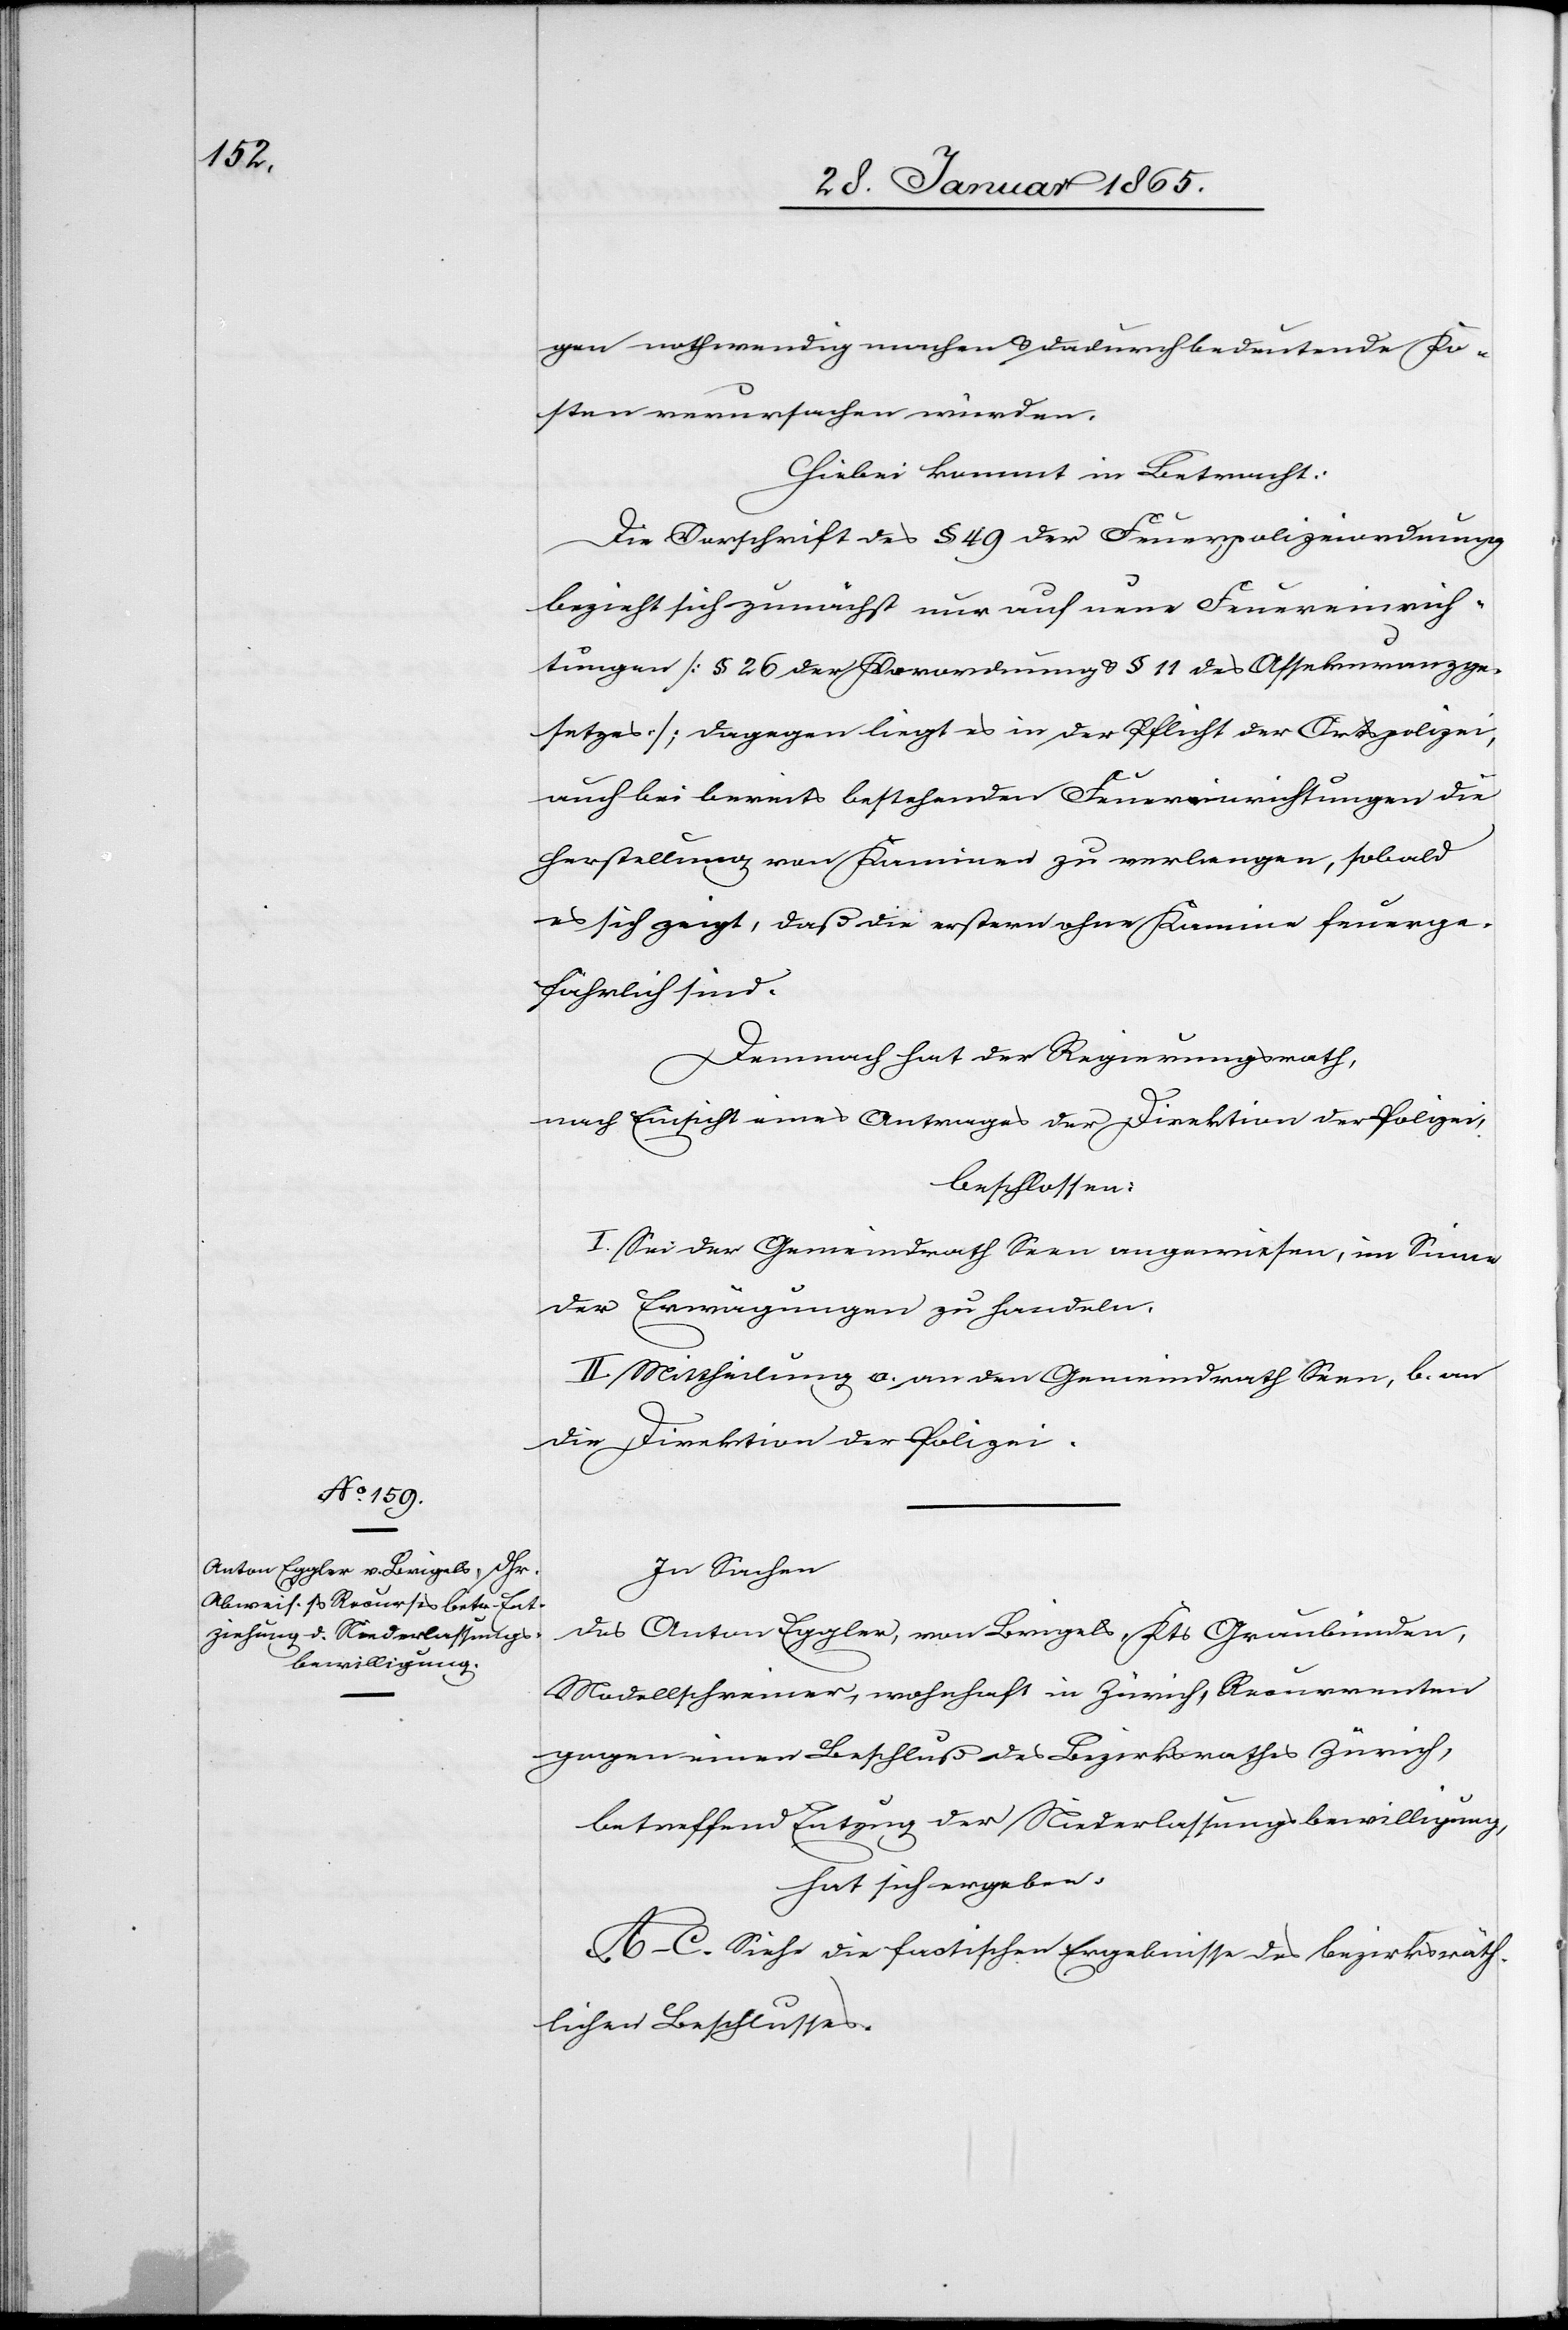
gen nothwendig machen u. dadurch bedeutende Ko¬
sten verursachen würden.
Hiebei kommt in Betracht:
Die Vorschrift des § 49 der Feuerpolizeiordnung
bezieht sich zunächst nur auf neue Feuereinrich¬
tungen [§ 26 der Verordnung u. § 11 des Assekuranzge¬
setzes]; dagegen liegt es in der Pflicht der Ortspolizei,
auch bei bereits bestehenden Feuereinrichtungen die
Herstellung von Kaminen zu verlangen, sobald
es sich zeigt, daß die erstern ohne Kamine feuerge¬
fährlich sind.
Demnach hat der Regierungsrath,
nach Einsicht eines Antrages der Direktion der Polizei,
beschlossen:
I. Sei der Gemeindrath Seen angewiesen, im Sinne
der Erwägungen zu handeln.
II. Mittheilung a. an den Gemeindrath Seen, b. an
die Direktion der Polizei.
In Sachen
des Anton Eggler, von Brigels, Kts Graubünden,
Modellschreiner, wohnhaft in Zürich, Recurrenten
gegen einen Beschluß des Bezirksrathes Zürich,
betreffend Entzug der Niederlassungsbewilligung,
hat sich ergeben:
A–C. Siehe die factischen Ergebnisse des bezirksräth¬
lichen Beschlusses.